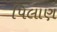
પિલાણ